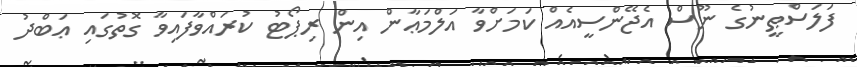
ފަލަސްޠީނުގެ ނޫސް އެޖޭންސީއެއް ކަމަށްވާ އަލްމަޢާން އިން ރިޕޯޓު ކުރައްވާފައިވާ ގޮތުގައި ޢަބްދު